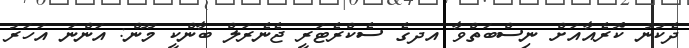
ދެކުނު ކޮރެއާއަށް ނިސްބަތްވާ އދގެ ސެކްރެޓަރީ ޖެނެރަލް ބާންކީ މޫން: އަންނަ އަހަރު